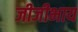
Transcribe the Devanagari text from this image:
जीजीभाय